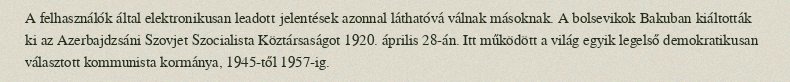
A felhasználók által elektronikusan leadott jelentések azonnal láthatóvá válnak másoknak. A bolsevikok Bakuban kiáltották ki az Azerbajdzsáni Szovjet Szocialista Köztársaságot 1920. április 28-án. Itt működött a világ egyik legelső demokratikusan választott kommunista kormánya, 1945-től 1957-ig.